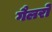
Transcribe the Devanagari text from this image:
गैलरो